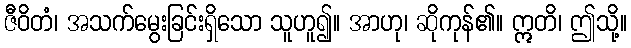
ဇီဝိတံ၊ အသက်မွေးခြင်းရှိသော သူဟူ၍။ အာဟု၊ ဆိုကုန်၏။ ဣတိ၊ ဤသို့။